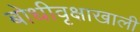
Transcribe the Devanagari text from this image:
बोधीवृक्षाखाली